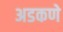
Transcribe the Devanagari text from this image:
अडकणे